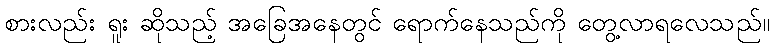
စားလည်း ရူး ဆိုသည့် အခြေအနေတွင် ရောက်နေသည်ကို တွေ့လာရလေသည်။